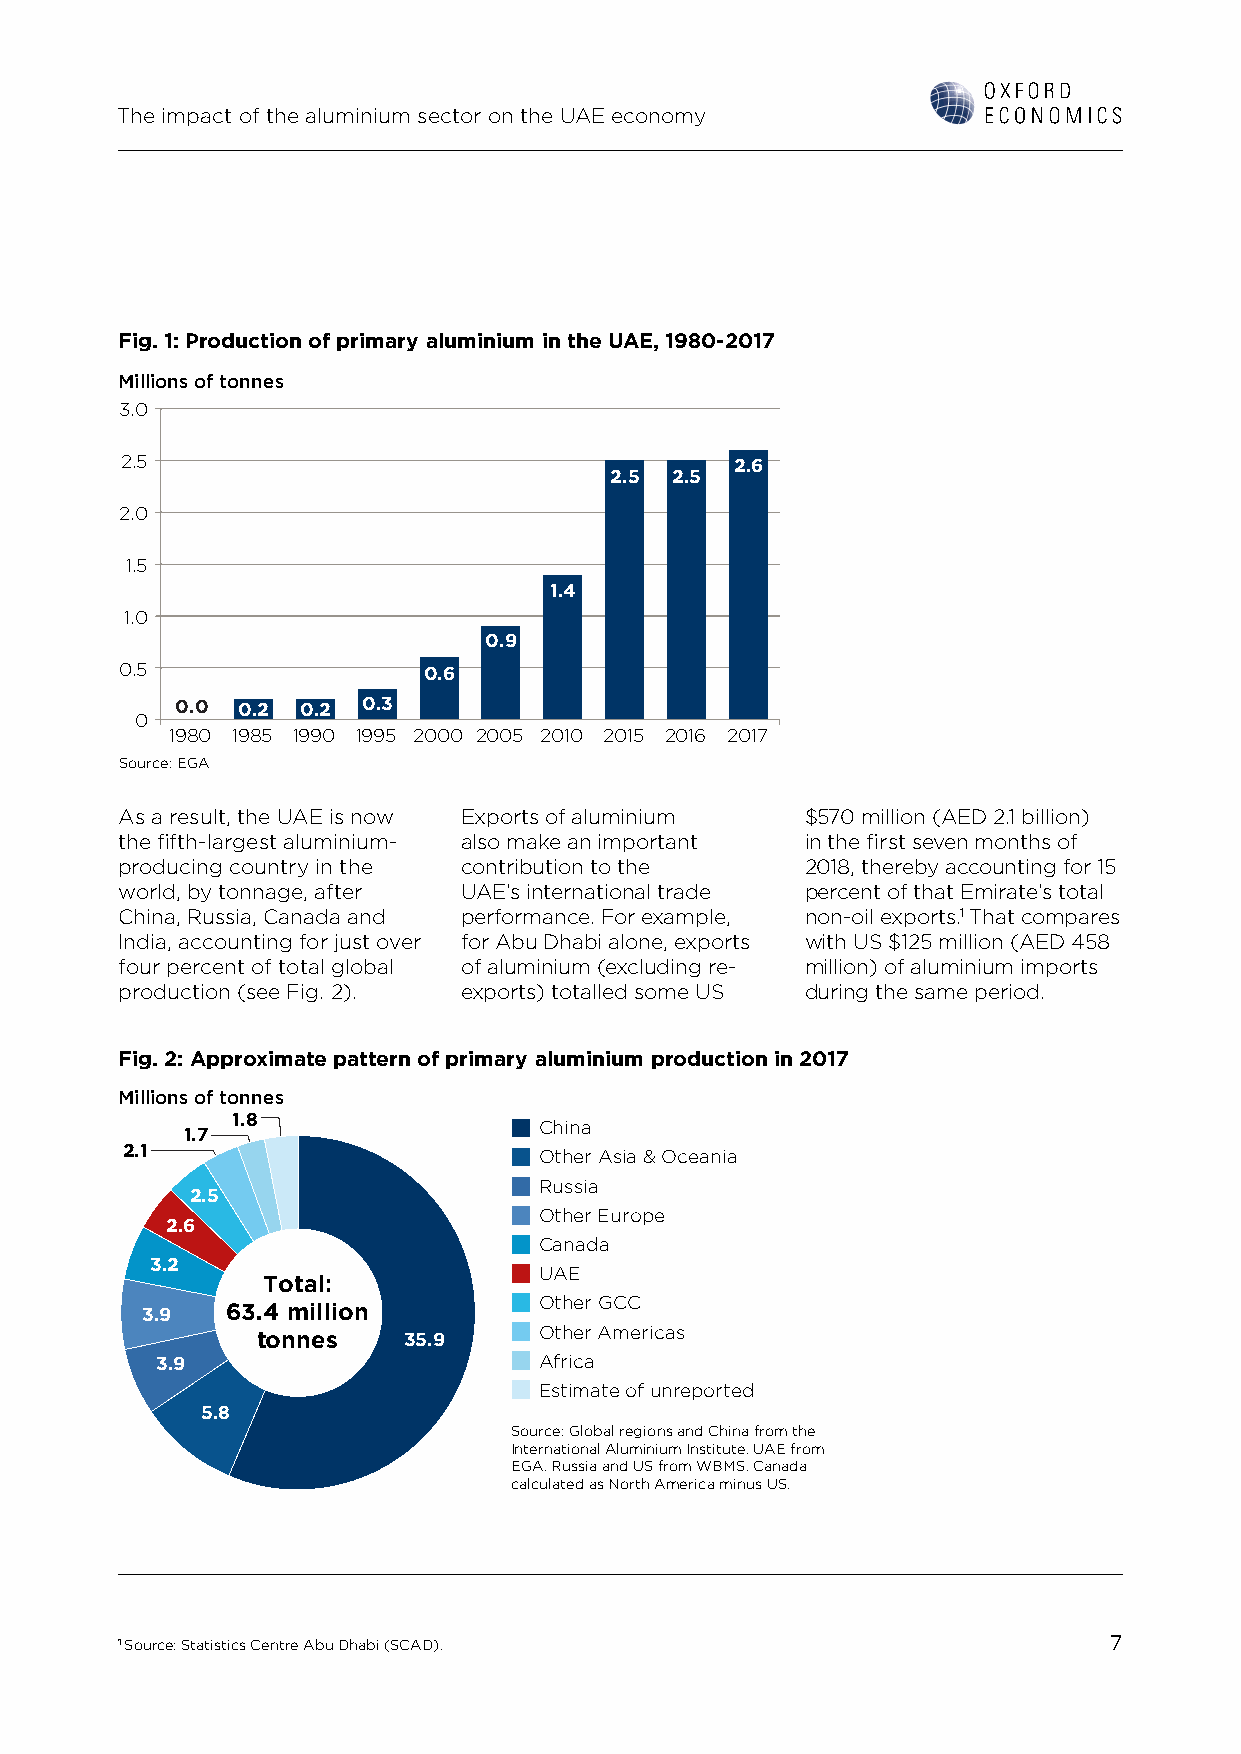
The impact of the aluminium sector on the UAE economy
 Fig. 1: Production of primary aluminium in the UAE, 1980-2017
 Millions of tonnes
 3.0
 2.5                                      2.6
 2.5 2.5
 2.0
 1.5
 1.4
 1.0
 0.9
 0.5                 0.6
 0.0 0.2 0.2 0.3
 0
 1980 1985 1990 1995 2000 2005 2010 2015 2016 2017
 Source: EGA
 As a result, the UAE is now Exports of aluminium $570 million (AED 2.1 billion)
 the fifth-largest aluminium- also make an important in the first seven months of
 producing country in the contribution to the 2018, thereby accounting for 15
 world, by tonnage, after UAE’s international trade percent of that Emirate’s total
 China, Russia, Canada and performance. For example, non-oil exports.1 That compares
 India, accounting for just over for Abu Dhabi alone, exports with US $125 million (AED 458
 four percent of total global of aluminium (excluding re- million) of aluminium imports
 production (see Fig. 2). exports) totalled some US during the same period.
 Fig. 2: Approximate pattern of primary aluminium production in 2017
 Millions of tonnes
 1.8
 China
 1.7
 2.1                         Other Asia & Oceania
 Russia
 2.5
 Other Europe
 2.6
 Canada
 3.2
 UAE
 Total:
 Other GCC
 3.9   63.4 million
 Other Americas
 tonnes    35.9
 3.9                       Africa
 Estimate of unreported
 5.8
 Source: Global regions and China from the
 International Aluminium Institute. UAE from
 EGA. Russia and US from WBMS. Canada
 calculated as North America minus US.
 1 Source: Statistics Centre Abu Dhabi (SCAD).                    7